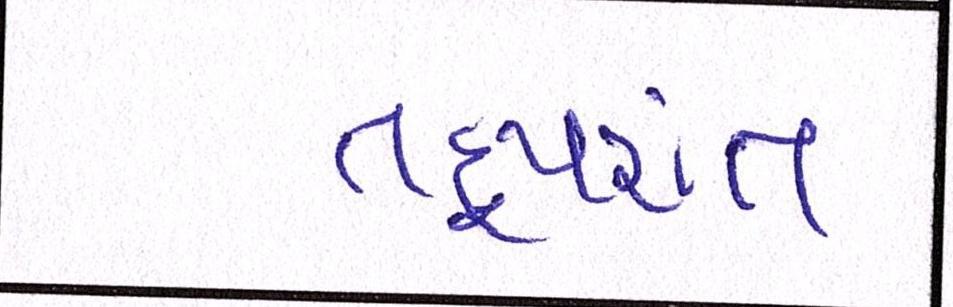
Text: તદુપરાંત